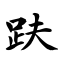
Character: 趺